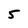
Character: 5